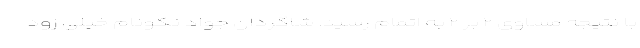
با نتیجه مساوی ۲ بر ۲ به اتمام رسید. شاگردان جواد نکونام خیلی زود